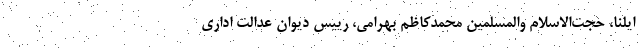
ایلنا، حجت‌الاسلام ‌والمسلمین محمدکاظم بهرامی، رییس دیوان عدالت اداری